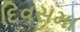
દિવસમા